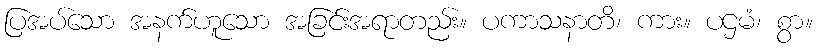
ပြအပ်သော အနက်ဟူသော အခြင်းအရာတည်း။ ပကာသနာတိ၊ ကား။ ပဌမံ၊ စွာ။